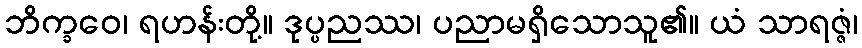
ဘိက္ခဝေ၊ ရဟန်းတို့။ ဒုပ္ပညဿ၊ ပညာမရှိသောသူ၏။ ယံ သာရဇ္ဇံ၊